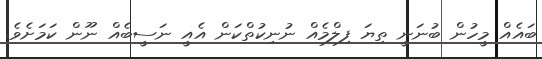
ބައެއް މީހުން ބުނަނީ ތިޔަ ފިލްމެއް ނުނިކުތްކަން އެއީ ނަސީބެއް ނޫން ކަމަށެވެ.